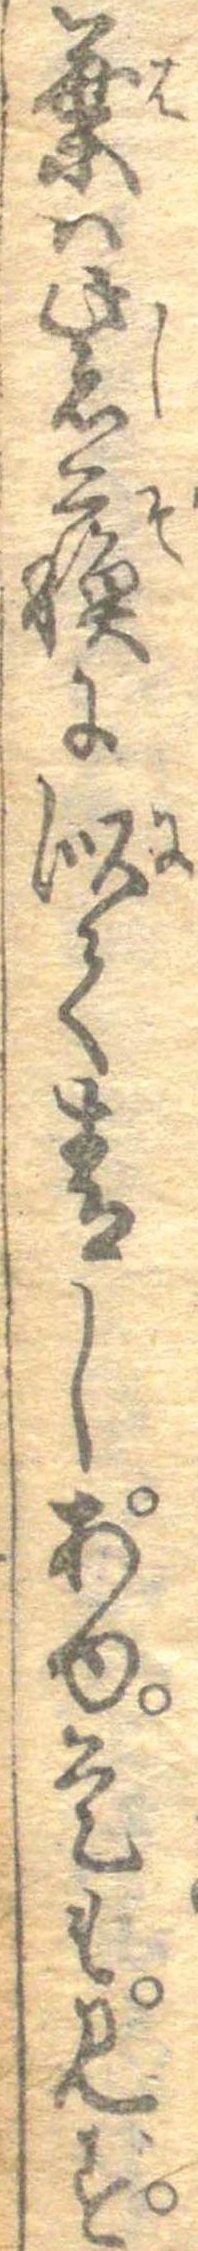
葉は紫蘇に似て青し。あゆ。是も。見ず。